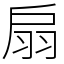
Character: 扇